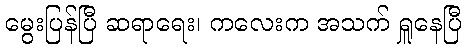
မွေးပြန်ပြီ ဆရာရေး၊ ကလေးက အသက် ရှူနေပြီ